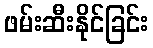
ဖမ်းဆီးနိုင်ခြင်း